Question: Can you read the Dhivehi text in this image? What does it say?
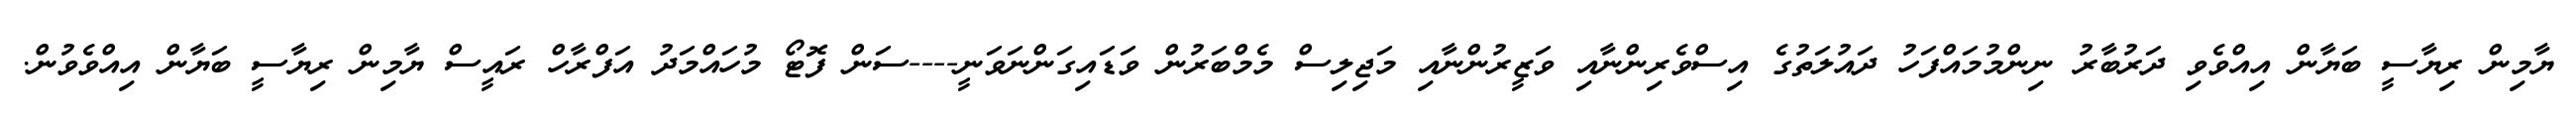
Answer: ޔާމިން ރިޔާސީ ބަޔާން އިއްވެވި ދަރުބާރު ނިންމުމައްފަހު ދައުލަތުގެ އިސްވެރިންނާއި ވަޒީރުންނާއި މަޖިލިސް މެމްބަރުން ވަޑައިގަންނަވަނީ----ސަން ފޮޓޯ މުހައްމަދު އަފްރާހް ރައީސް ޔާމިން ރިޔާސީ ބަޔާން އިއްވެވުން.